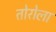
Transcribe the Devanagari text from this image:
तोरोला